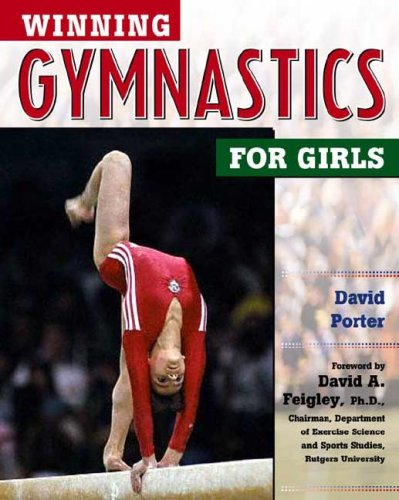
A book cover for Winning Gymnastics for Girls (Winning Sports for Girls); David Porter; Children's Books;